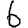
Digit: 6